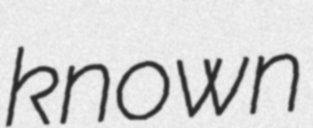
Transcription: known